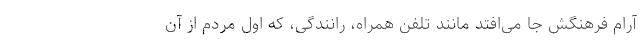
آرام فرهنگش جا می‌افتد مانند تلفن همراه، رانندگی، که اول مردم از آن